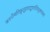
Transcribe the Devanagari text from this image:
जननीमतिकुतूहलाद्बालस्त्रिभुवनत्राता